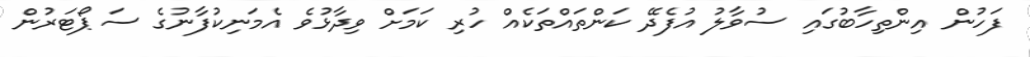
ފަހުން އިންތިހާބުގައި ސުވާލު އުފެދޭ ކަންތައްތަކެއް ހުރި ކަމަށް ވިދާޅުވެ އެމަނިކުފާނުގެ ސަޕޯޓަރުން